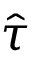
\hat { \boldsymbol { \tau } }